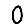
Digit: 0